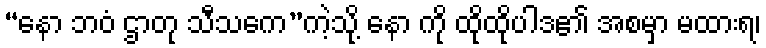
“နော ဘဝံ ဌာတု သီသကေ”ကဲ့သို့ နော ကို ထိုထိုပါဒ၏ အစမှာ မထားရ၊